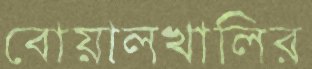
বোয়ালখালির